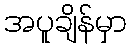
အပူချိန်မှာ